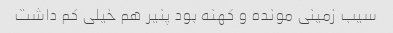
سیب زمینی مونده و کهنه بود پنیر هم خیلی کم داشت